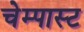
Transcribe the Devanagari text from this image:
चेम्पास्ट